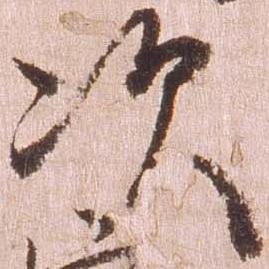
次